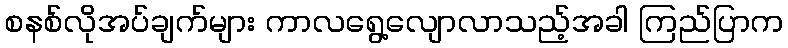
စနစ်လိုအပ်ချက်များ ကာလရွေ့လျောလာသည့်အခါ ကြည်ပြာက